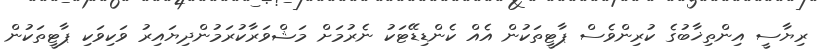
ރިޔާސީ އިންތިޚާބުގެ ކުރިންވެސް ޕާޓީތަކުން އެއް ކެންޑިޑޭޓަކު ނެރުމަށް މަޝްވަރާކުރަމުންދިޔައިރު ވަކިވަކި ޕާޓީތަކުން